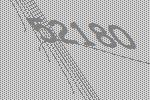
52180